Civil Veterinary Dept. Bombay admin report 1923-31 - 1923-1931
Year: 1923
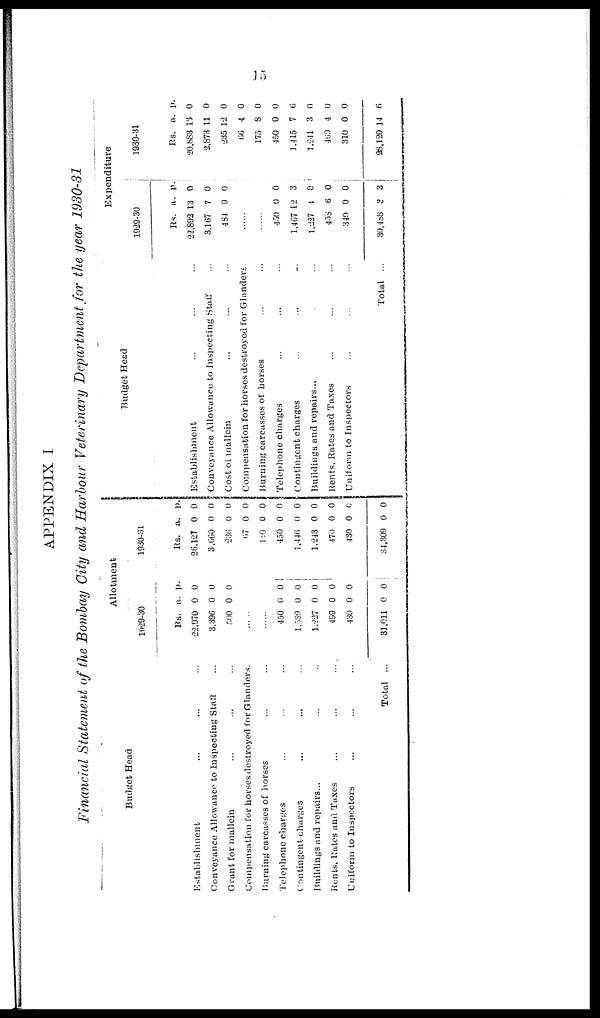
15
APPENDIX I
Financial Statement of the Bombay City and Harbour Veterinary Department for the year 1930-31
Budget Head
Establishment ... ...
Conveyance Allowance to Inspecting Staff ...
Grant for mallein ... ...
Compensation for horses destroyed for Glanders
Burning carcasses of horses ...
Telephone charges ... ... ...
Contingent charges ... ...
Buildings and repairs... ...
Rents, Rates and Taxes ... ...
Uniform to Inspectors ... ... ...
Total ..
Allotment
1929-30
Rs.
22,970
3,396
500
a.
0
0
0
p.
0
0
0
......
......
450
1,539
1,227
499
430
31,011
0
0
0
0
0
0
0
0
0
0
0
0
1930-31
Rs.
26,127
3,660
236
67
180
450
1,446
1,243
470
430
34,309
a.
0
0
0
0
0
0
0
0
0
0
0
p.
0
0
0
0
0
0
0
0
0
0
0
Budget Head
Establishment ... ... ...
Conveyance Allowance to Inspecting Staff ...
Cost of mallein ... ... ...
Compensation for horses destroyed for Glanders.
Burning carcasses of horses ... ...
Telephone charges ... ... ...
Contingent charges ... ...
Buildings and repairs... ...
Rents, Rates and Taxes ... ... ...
Uniform to Inspectors ... ...
Total ..
Expenditure
1929-30
Rs.
22,892
3,167
484
a.
13
7
9
p.
0
0
0
......
......
450
1,467
1,227
458
340
30,488
0
12
4
6
0
3
0
3
0
0
0
3
1930-31
Rs.
20,883
2,873
235
66
175
450
1,415
1,241
469
310
28,120
a.
13
11
12
4
8
0
7
3
4
0
14
p.
0
0
0
0
0
0
6
0
0
0
6